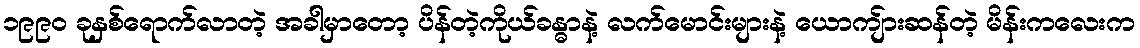
၁၉၉၀ ခုနှစ်ရောက်လာတဲ့ အခါမှာတော့ ပိန်တဲ့ကိုယ်ခန္ဓာနဲ့ လက်မောင်းများနဲ့ ယောကျ်ားဆန်တဲ့ မိန်းကလေးက